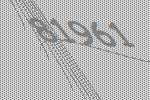
81961